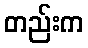
တည်းက